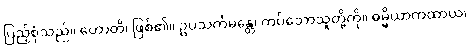
ပြည့်စုံသည်။ ဟောတိ၊ ဖြစ်၏။ ဥပသင်္ကမန္တေ၊ ကပ်သောသူတို့ကို။ ဓမ္မိယာကထာယ၊